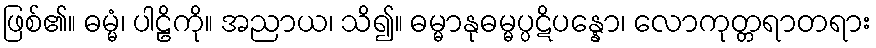
ဖြစ်၏။ ဓမ္မံ၊ ပါဠိကို။ အညာယ၊ သိ၍။ ဓမ္မာနုဓမ္မပ္ပဋိပန္နော၊ လောကုတ္တရာတရား